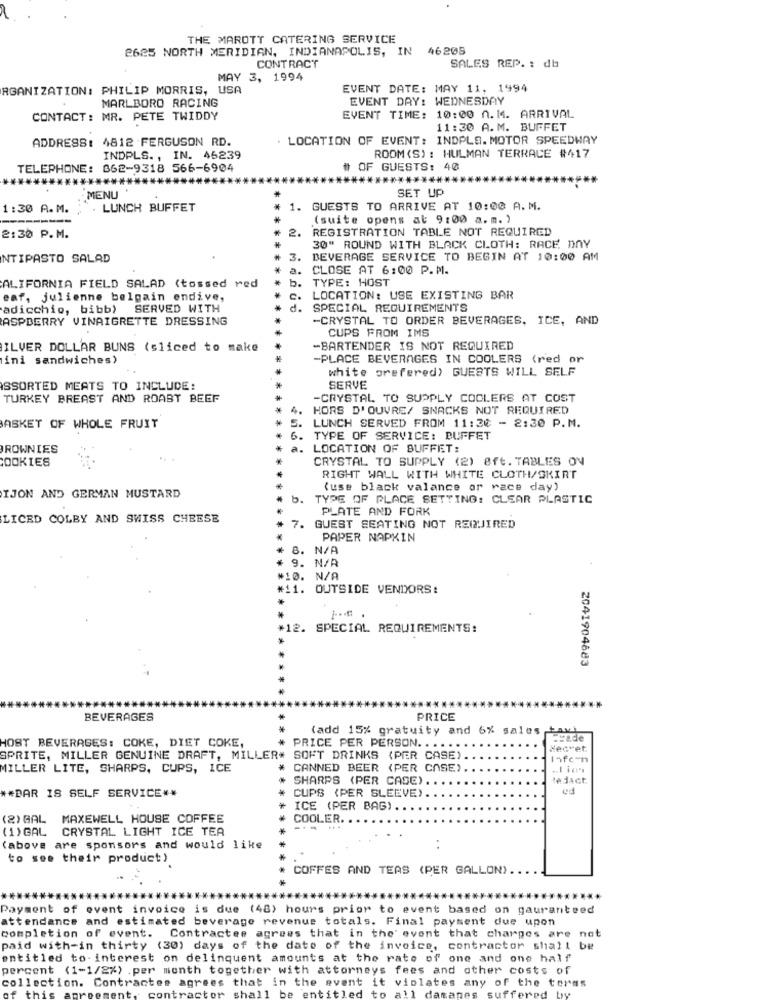
THE MAROTT CATERING SERVICE
2625 NORTH MERIDIAN, INDIANAPOLIS, IN
46208
CONTRACT
SALES REP. : db
MAY 3, 1994
RGANIZATION: PHILIP MORRIS, USA
EVENT DATE: MAY 11, 1994
MARLBORO RACING
EVENT DAY: WEDNESDAY
CONTACT: MR. PETE TWIDDY
EVENT TIME: 10:00 0.14. ARRIVAL
11:30 A.M. BUFFET
ADDRESS: 4812 FERGUSON RD.
. LOCATION OF EVENT: INDPLS. MOTOR SPEEDWAY
ROOM (S) : HULMAN TERRACE #417
INDPLS ., IN. 46239
TELEPHONE: 862-9318 566-6904
# OF GUESTS: 40
SET UP
MENU
1:30 A.M.
. LUNCH BUFFET
1. GUESTS TO ARRIVE AT 10:00 A. M.
***
(suite opens al 9:00 a.m. )
2.
REGISTRATION TABLE NOT REQUIRED
2:30 P.M.
30" ROUND WITH BLACK CLOTH: RACE DAY
NTIPASTO SALAD
3.
BEVERAGE SERVICE TO BEGIN AT 10:00 AM
a. CLOSE AT 6:00 P.M.
b. TYPE: HOST
ALIFORNIA FIELD SALAD (tossed red
eaf, julienne belgain endive,
c. LOCATION: USE EXISTING BAR
adicchio, bibb) SERVED WITH
d. SPECIAL REQUIREMENTS
ASPBERRY VINAIGRETTE DRESSING
-CRYSTAL TO ORDER BEVERAGES, ICE, AND
CUPS FROM IMS
ILVER DOLLAR BUNS (sliced to make
-BARTENDER IS NOT REQUIRED
ini sandwiches)
-PLACE BEVERAGES IN COOLERS (red or
white prefered) GUESTS WILL SELF
ASSORTED MEATS TO INCLUDE:
SERVE
TURKEY BREAST AND ROAST BEEF
-CRYSTAL TO SUPPLY COOLERS AT COST
4.
HORS D'OUVRE/ SNACKS NOT REQUIRED
ASKET OF WHOLE FRUIT
S. LUNCH SERVED FROM 11:30 - 2:30 P.M.
6. TYPE OF SERVICE: BUFFET
BROWNIES
a. LOCATION OF BUFFET:
COOKIES
...
CRYSTAL TO SUPPLY (2) @ft. TABLES ON
RIGHT WALL WITH WHITE CLOTH/SKIRT
(use black valance or race day)
IJON AND GERMAN MUSTARD
5.
TYPE OF PLACE SETTING: CLEAR PLASTIC
PLATE AND FORK
LICED COLBY AND SWISS CHEESE
. GUEST SEATING NOT REIQUIRED
PAPER NAPKIN
8. N/A
9. N/A
#10. N/A
#11. OUTSIDE VENDORS:
*12. SPECIAL REQUIREMENTS:
2041904683
BEVERAGES
PRICE
(add 15% gratuity and 6% sales tax)
HOST BEVERAGES: COKE, DIET COKE,
PRICE PER PERSON.
Medvet
SPRITE, MILLER GENUINE DRAFT, MILLER* SOFT DRINKS (PER CASE).
Infc-n
MILLER LITE, SHARPS, CUPS, ICE
* CANNED BEER (PER CASE)
SHARPS (PER CASE).
edact
** BAR 18 SELF SERVICE **
CUPS (PER SLEEVE)
ed
ICE (PER BAG)
(2) GAL MAXEWELL HOUSE COFFEE
COOLER
(1) GAL CRYSTAL LIGHT ICE TEA
(above are sponsors and would like
. .
to see their product)
COFFES AND TEAS (PER GALLON).
Payment of event invoice is due (48) hours prior to event based on gauranteed
attendance and estimated beverage revenue totals. Final payment due upon
completion of event. Contractee agrees that in the event that charges are not
paid with-in thirty (30) days of the date of the invoice, contractor shall be
entitled to interest on delinquent amounts at the rate of one and one half
percent (1-1/2%) .per month together with attorneys fees and other costs of
collection. Contractes agrees that in the event it violates any of the terms
he
ntitled to all da
ifforpd
tane